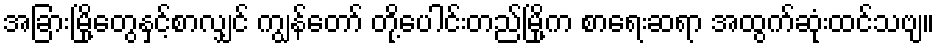
အခြားမြို့တွေနှင့်စာလျှင် ကျွန်တော် တို့ပေါင်းတည်မြို့က စာရေးဆရာ အထွက်ဆုံးထင်သဗျ။